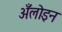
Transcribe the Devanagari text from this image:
अँलोइन